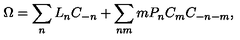
\Omega = \sum _ { n } L _ { n } C _ { - n } + \sum _ { n m } m P _ { n } C _ { m } C _ { - n - m } ,